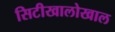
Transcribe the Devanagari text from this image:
सिटीखालोखाल